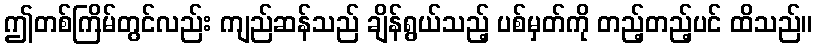
ဤတစ်ကြိမ်တွင်လည်း ကျည်ဆန်သည် ချိန်ရွယ်သည့် ပစ်မှတ်ကို တည့်တည့်ပင် ထိသည်။